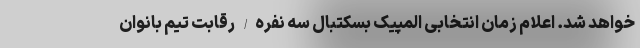
خواهد شد. اعلام زمان انتخابی المپیک بسکتبال سه نفره/ رقابت تیم بانوان